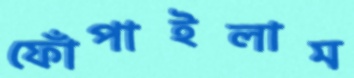
ফোঁপাইলাম